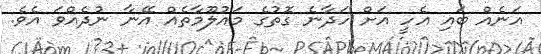
އަނެއް ބައި އެހީ އަށް ހަދާނެ ގޮތުގެ މައުލޫމާތެއް އޭނާ ނުދެއްވަ އެވެ.